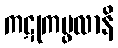
ကဋုကပ္ဖလာနိ